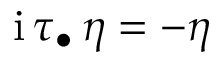
\mathrm { i } \, \tau _ { \bullet } \, \eta = - \eta